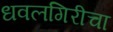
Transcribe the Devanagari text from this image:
धवलगिरीचा